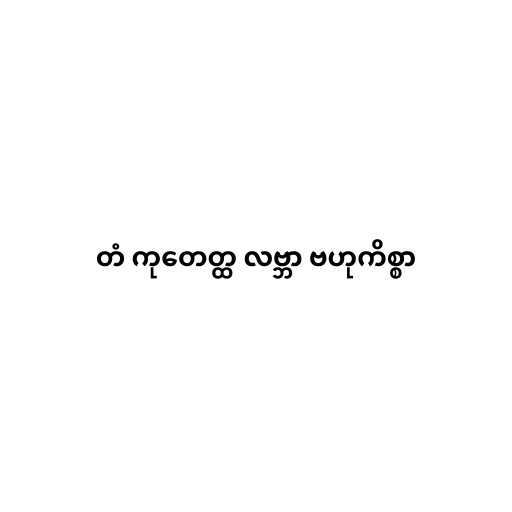
တံ ကုတေတ္ထ လဗ္ဘာ ဗဟုကိစ္စာ